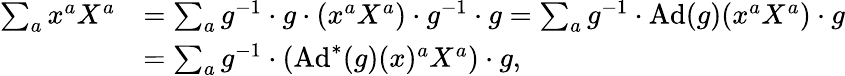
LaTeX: \begin{array}{rl}{\sum_{a}x^{a}X^{a}}&{=\sum_{a}g^{-1}\cdot g\cdot(x^{a}X^{a})\cdot g^{-1}\cdot g=\sum_{a}g^{-1}\cdot\operatorname{Ad}(g)(x^{a}X^{a})\cdot g}\\ &{=\sum_{a}g^{-1}\cdot(\operatorname{Ad}^{*}(g)(x)^{a}X^{a})\cdot g,}\end{array}